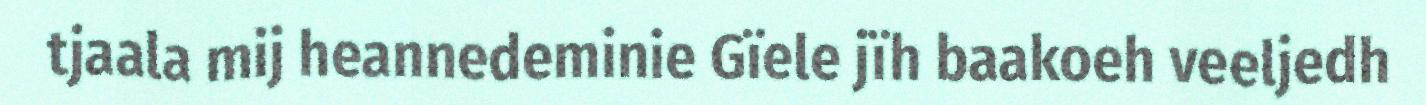
tjaala mij heannedeminie Gïele jïh baakoeh veeljedh